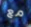
مع